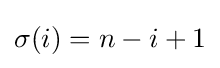
\sigma (i)=n-i+1